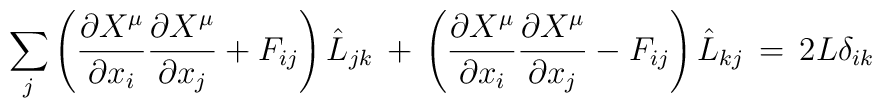
\sum_j\left(\frac{\partial X^\mu}{\partial x_i}\frac{\partial X^\mu}{\partial x_j}+F_{ij}\right)\hat L_{jk}\,+\,\left(\frac{\partial X^\mu}{\partial x_i}\frac{\partial X^\mu}{\partial x_j}-F_{ij}\right)\hat L_{kj}\,=\, 2L\delta_{ik}